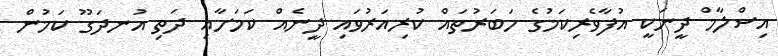
އިސްލާމް ދީނަކީ އުފާވެރިކަމުގެ ހަބަރުތައް ކުރިއަރުވައި ދީނެއް ކަމަށާއި ދަތި އުނދަގޫ ކަމުން